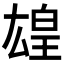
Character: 𬐋